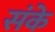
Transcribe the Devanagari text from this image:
संके